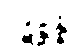
ပဋိစ္ဆန္နံ